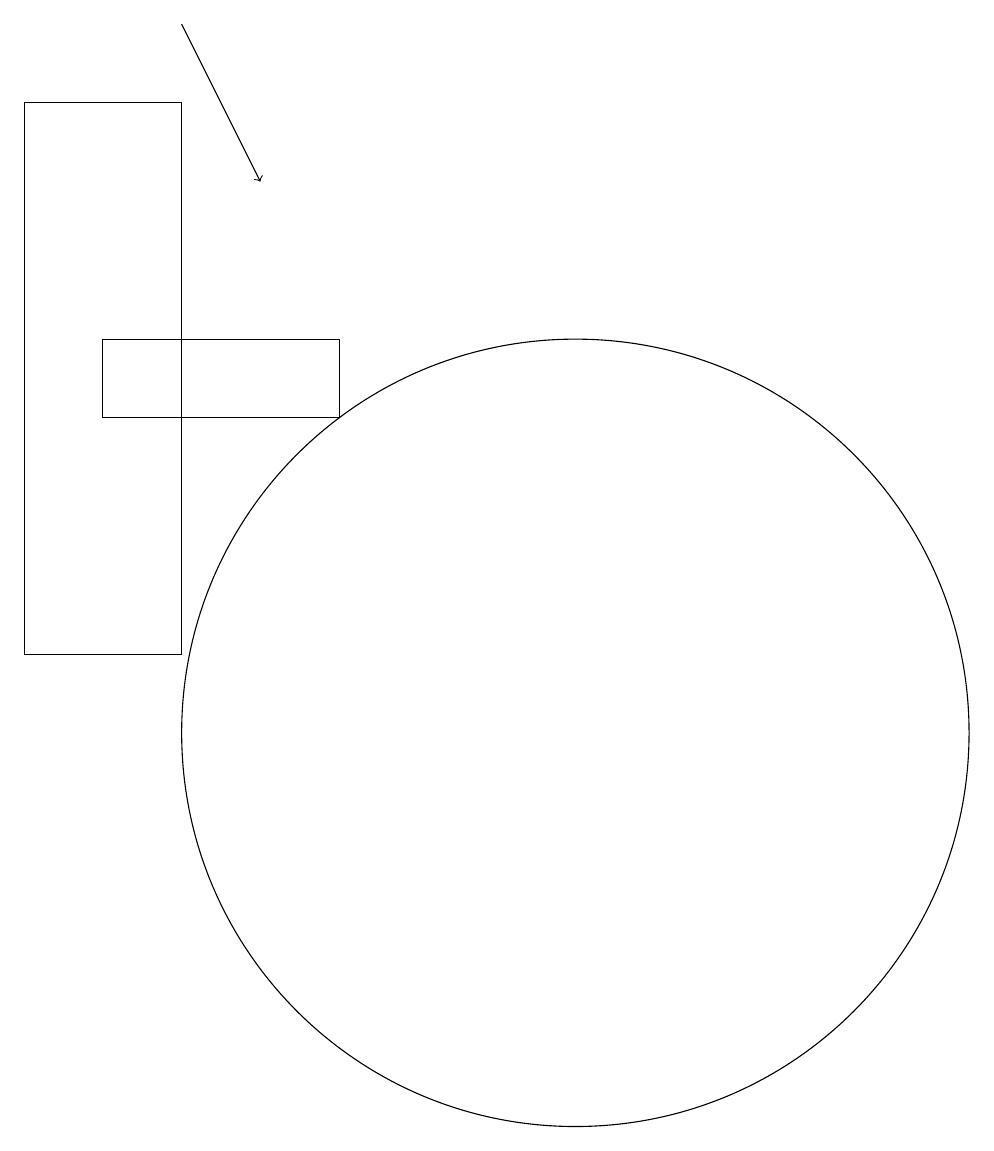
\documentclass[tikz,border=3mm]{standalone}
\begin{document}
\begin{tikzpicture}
\draw (11,10) circle (0);
\draw (10,10) circle (5);
\draw (5,11) rectangle (3,18);
\draw (4,15) rectangle (7,14);
\draw[->] (5,19) -- (6,17);
\draw (12,11) circle (0);
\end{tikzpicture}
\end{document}